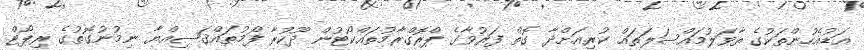
އަޑުއެހުންތަކުގެ ތާވަލުމައްސަލަތައް ކުރިއަށްދާ ގޮތް ފަރުވާގެ ޕްރޮގްރާމުތައްކޯޓުން ދޫކުރާ ފޯމުތައްޤަޟިއްޔާ ނިމުނުގޮތުގެ ރިޕޯޓް